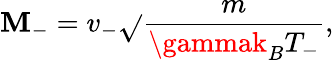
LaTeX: \mathbf{M}_{-}=v_{-}\sqrt{}{{\frac{{m}}{{\gammak_{B}T_{-}}}}},